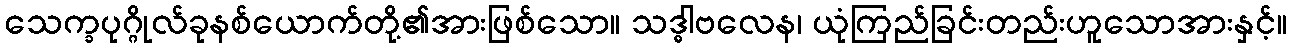
သေက္ခပုဂ္ဂိုလ်ခုနစ်ယောက်တို့၏အားဖြစ်သော။ သဒ္ဓါဗလေန၊ ယုံကြည်ခြင်းတည်းဟူသောအားနှင့်။